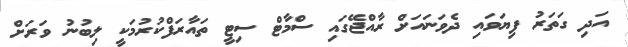
އަދި ގަތަރު ފިޔަވައި ދެވަނައަށް ރާއްޖޭގައި ސްމާޓް ސިޓީ ތައާރަފްކުރުމަކީ ލިބުނު ވަރަށް